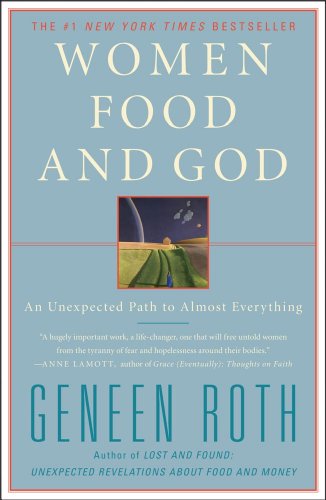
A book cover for Women Food and God: An Unexpected Path to Almost Everything; Geneen Roth; Self-Help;